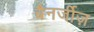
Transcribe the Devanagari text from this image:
बैनर्जीज़